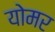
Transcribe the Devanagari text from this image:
योमर